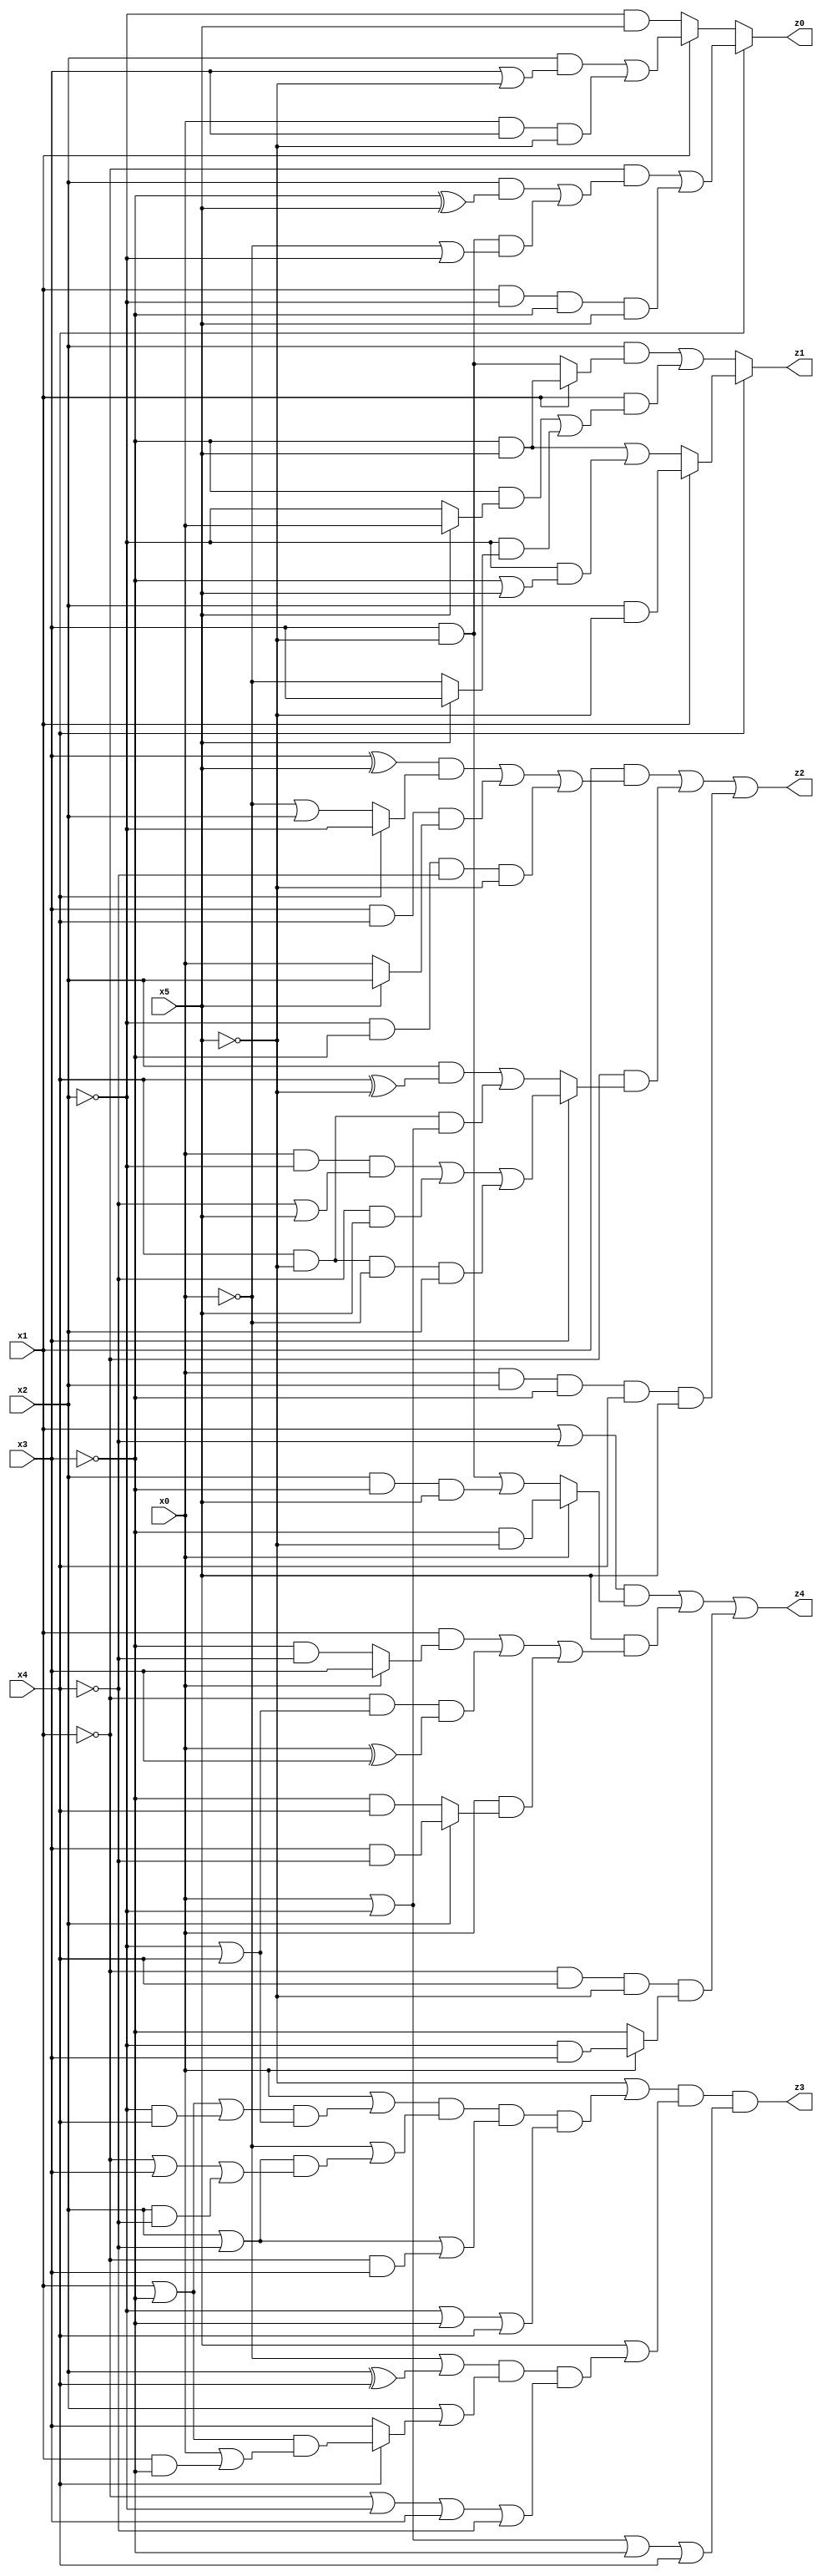
// Benchmark "q_3" written by ABC on Fri Jul 07 23:50:37 2023

module q_3 ( 
    x0, x1, x2, x3, x4, x5,
    z0, z1, z2, z3, z4  );
  input  x0, x1, x2, x3, x4, x5;
  output z0, z1, z2, z3, z4;
  assign z0 = x4 ? ((~x1 & ((x2 & (~x3 ^ x5)) | (x3 & ~x5 & (~x0 | ~x2)))) | (x1 & ~x2 & ~x3 & x5)) : (x1 ? ((x2 & (x3 | ~x5)) | (x0 & x3 & ~x5)) : (~x2 & x5));
  assign z1 = x4 ? (x1 ? (x2 & ~x5) : ((~x3 & x5) | (~x2 & (~x3 | x5)))) : ((x2 & (x1 ? (~x3 & x5) : (x3 & ~x5))) | (x1 & ((~x3 & (x5 ? x0 : ~x2)) | (~x2 & (x5 ? x3 : ~x0)))));
  assign z2 = (x1 & (((x3 ^ x5) & (x4 ? ~x2 : (~x0 | x2))) | (x3 & x4 & (x5 ? x2 : x0)) | (~x2 & ~x3 & ~x4 & ~x5))) | (~x1 & (x3 ? ((x0 & ~x2 & (~x4 | x5)) | (~x4 & x5) | (x4 & ~x5 & ~x0 & x2)) : ((x2 & (x4 ^ ~x5)) | (x4 & ~x5 & (x0 | ~x2))))) | (x0 & x2 & ~x3 & x4 & x5);
  assign z3 = (~x5 | ((x0 | ((x1 | ~x3 | (~x2 & x4)) & (~x2 | x4))) & (~x0 | ((x2 | ~x4) & (~x1 | x3 | (x2 & ~x4)))) & (x2 | ~x4 | (~x1 & x3)) & (~x2 | ~x3 | x4))) & (x5 | ((~x0 | (x2 ^ x4)) & (x2 | (x4 ? ((x1 | ~x3) & (x0 | (x1 & ~x3))) : x3)) & (~x1 | ~x2 | x3 | ~x4))) & (x0 | ~x2 | ~x3 | x4);
  assign z4 = ((x1 | ~x4) & (x0 ? (~x3 & ~x5) : ((x3 & ~x5) | (x2 & ~x3 & x5)))) | (x5 & ((x1 & (x0 ? x3 : (~x3 & ~x4))) | (~x1 & (~x2 | x4) & (x0 ^ x3)) | (x0 & (x2 ? (x3 & ~x4) : (~x3 & x4))))) | (~x1 & x4 & ~x5 & (x0 ? (~x2 & x3) : ~x3));
endmodule